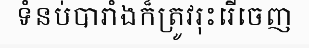
ទំនប់បារាំងក៏ត្រូវរុះរើចេញ